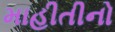
માહીતીનો